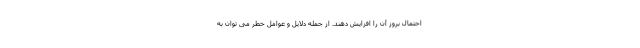
احتمال بروز آن را افزایش دهند. از جمله دلایل و عوامل خطر می توان به